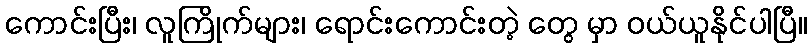
ကောင်းပြီး၊ လူကြိုက်များ၊ ရောင်းကောင်းတဲ့ တွေ မှာ ဝယ်ယူနိုင်ပါပြီ။